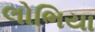
લોભિયા